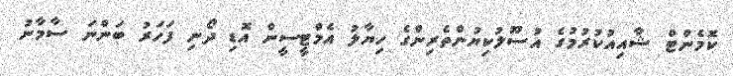
ކޮމެންޓް ޝާއިއުކުރުމުގެ އުސޫލުކިޔުންތެރިންގެ ހިޔާލު އެމްޓީސީން އޮޑި ދޯނި ފަހަރު ބަންނަ ސާމާނު